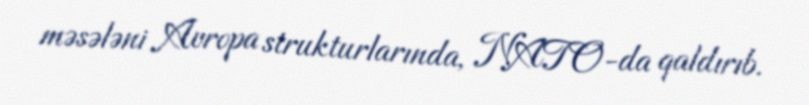
məsələni Avropa strukturlarında, NATO-da qaldırıb.